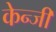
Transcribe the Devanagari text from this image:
केन्जी